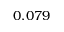
0 . 0 7 9